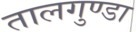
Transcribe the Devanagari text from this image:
तालगुण्डा